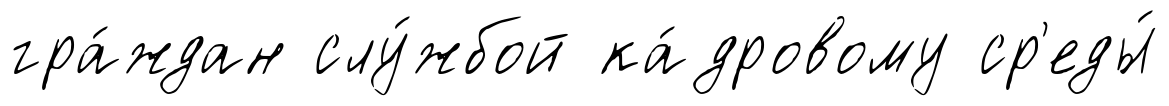
гра́ждан слу́жбой ка́дровому ср'еды́